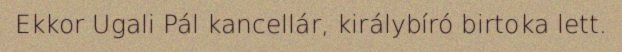
Ekkor Ugali Pál kancellár, királybíró birtoka lett.